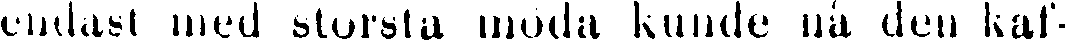
endast med största möda kunde nå den kaf-